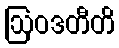
ဩဝဒတီတိ